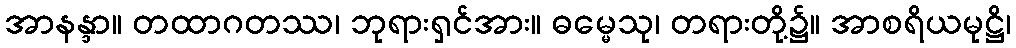
အာနန္ဒာ။ တထာဂတဿ၊ ဘုရားရှင်အား။ ဓမ္မေသု၊ တရားတို့၌။ အာစရိယမုဋ္ဌိ၊